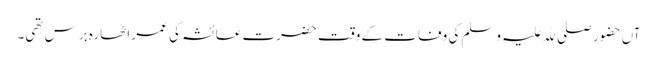
آں حضور صلی ﷲ علیہ وسلم کی وفات کے وقت حضرت عائشہ کی عمر اٹھارہ برس تھی۔